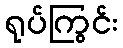
ရုပ်ကြွင်း